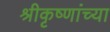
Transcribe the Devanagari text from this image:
श्रीकृष्णांच्या